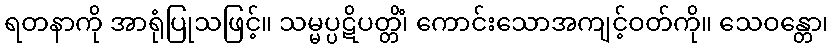
ရတနာကို အာရုံပြုသဖြင့်။ သမ္မပ္ပဋိပတ္တိံ၊ ကောင်းသောအကျင့်ဝတ်ကို။ သေဝန္တော၊